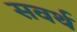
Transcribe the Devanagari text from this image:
सवर्थ